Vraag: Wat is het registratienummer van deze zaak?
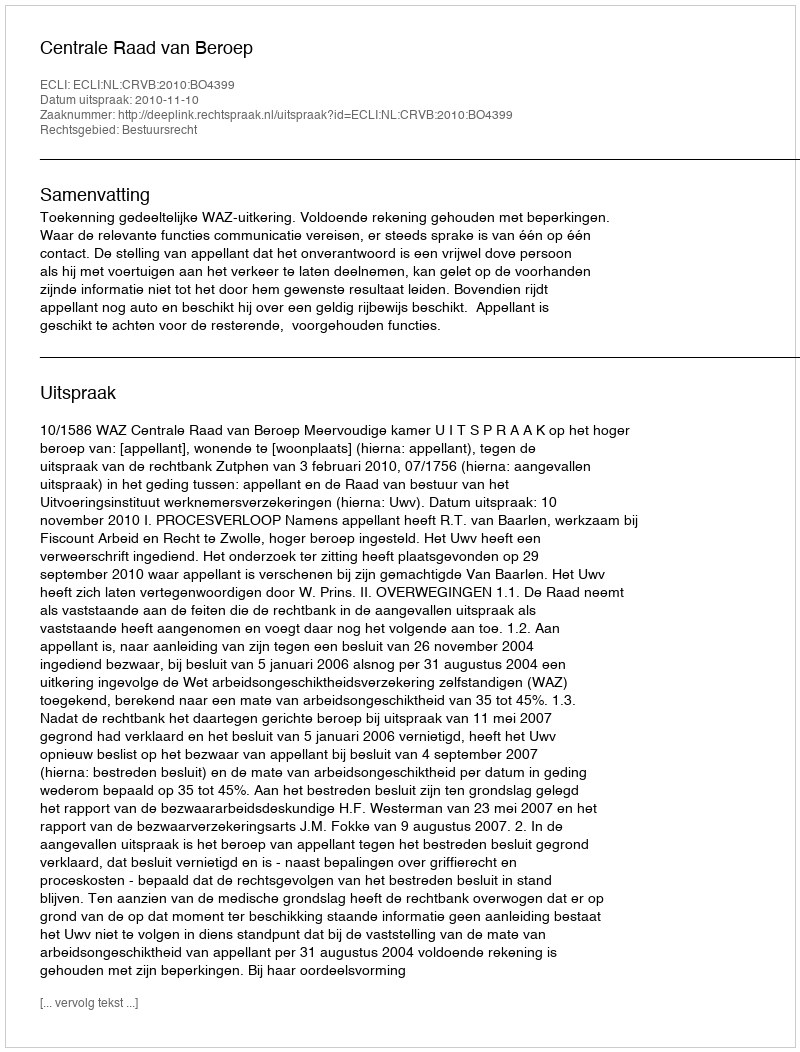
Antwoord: http://deeplink.rechtspraak.nl/uitspraak?id=ECLI:NL:CRVB:2010:BO4399